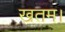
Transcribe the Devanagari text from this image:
खतम।